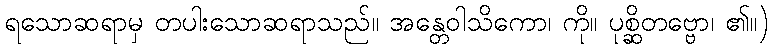
ရသောဆရာမှ တပါးသောဆရာသည်။ အန္တေဝါသိကော၊ ကို။ ပုစ္ဆိတဗ္ဗော၊ ၏။)